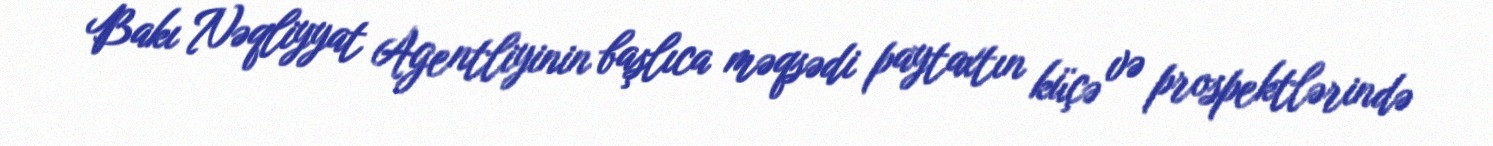
Bakı Nəqliyyat Agentliyinin başlıca məqsədi paytaxtın küçə və prospektlərində